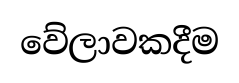
වේලාවකදීම